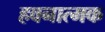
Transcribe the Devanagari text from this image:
हवनात्मक